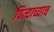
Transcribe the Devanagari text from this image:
पित्याच्याच